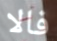
فالا